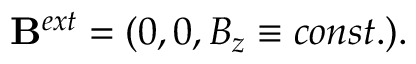
\mathbf { B } ^ { e x t } = ( 0 , 0 , B _ { z } \equiv c o n s t . ) .